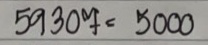
59307 = 5000